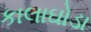
કાલાઘોડા